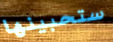
ستحبينها